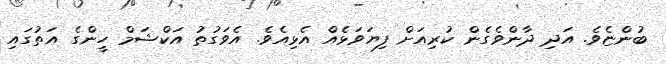
ބުންޏެވެ. އަދި ދާންވެގެން ކުރިއަށް ފިޔަވަޅެއް އެޅިއެވެ. އެވަގުތު އަކްޝަމް ހީންގެ އަތުގައި